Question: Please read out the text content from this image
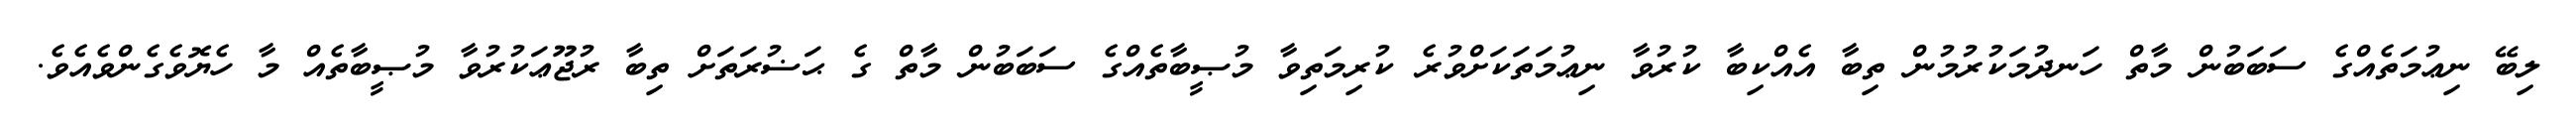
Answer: ލިބޭ ނިޢުމަތެއްގެ ސަބަބުން މާތް ހަނދުމަކުރުމުން ތިބާ އެއްކިބާ ކުރުވާ ނިޢުމަތަކަށްވުރެ ކުރިމަތިވާ މުޞީބާތެއްގެ ސަބަބުން މާތް ގެ ޙަޟުރަތަށް ތިބާ ރުޖޫޢަކުރުވާ މުޞީބާތެއް މާ ހެޔޮވެގެންވެއެވެ.